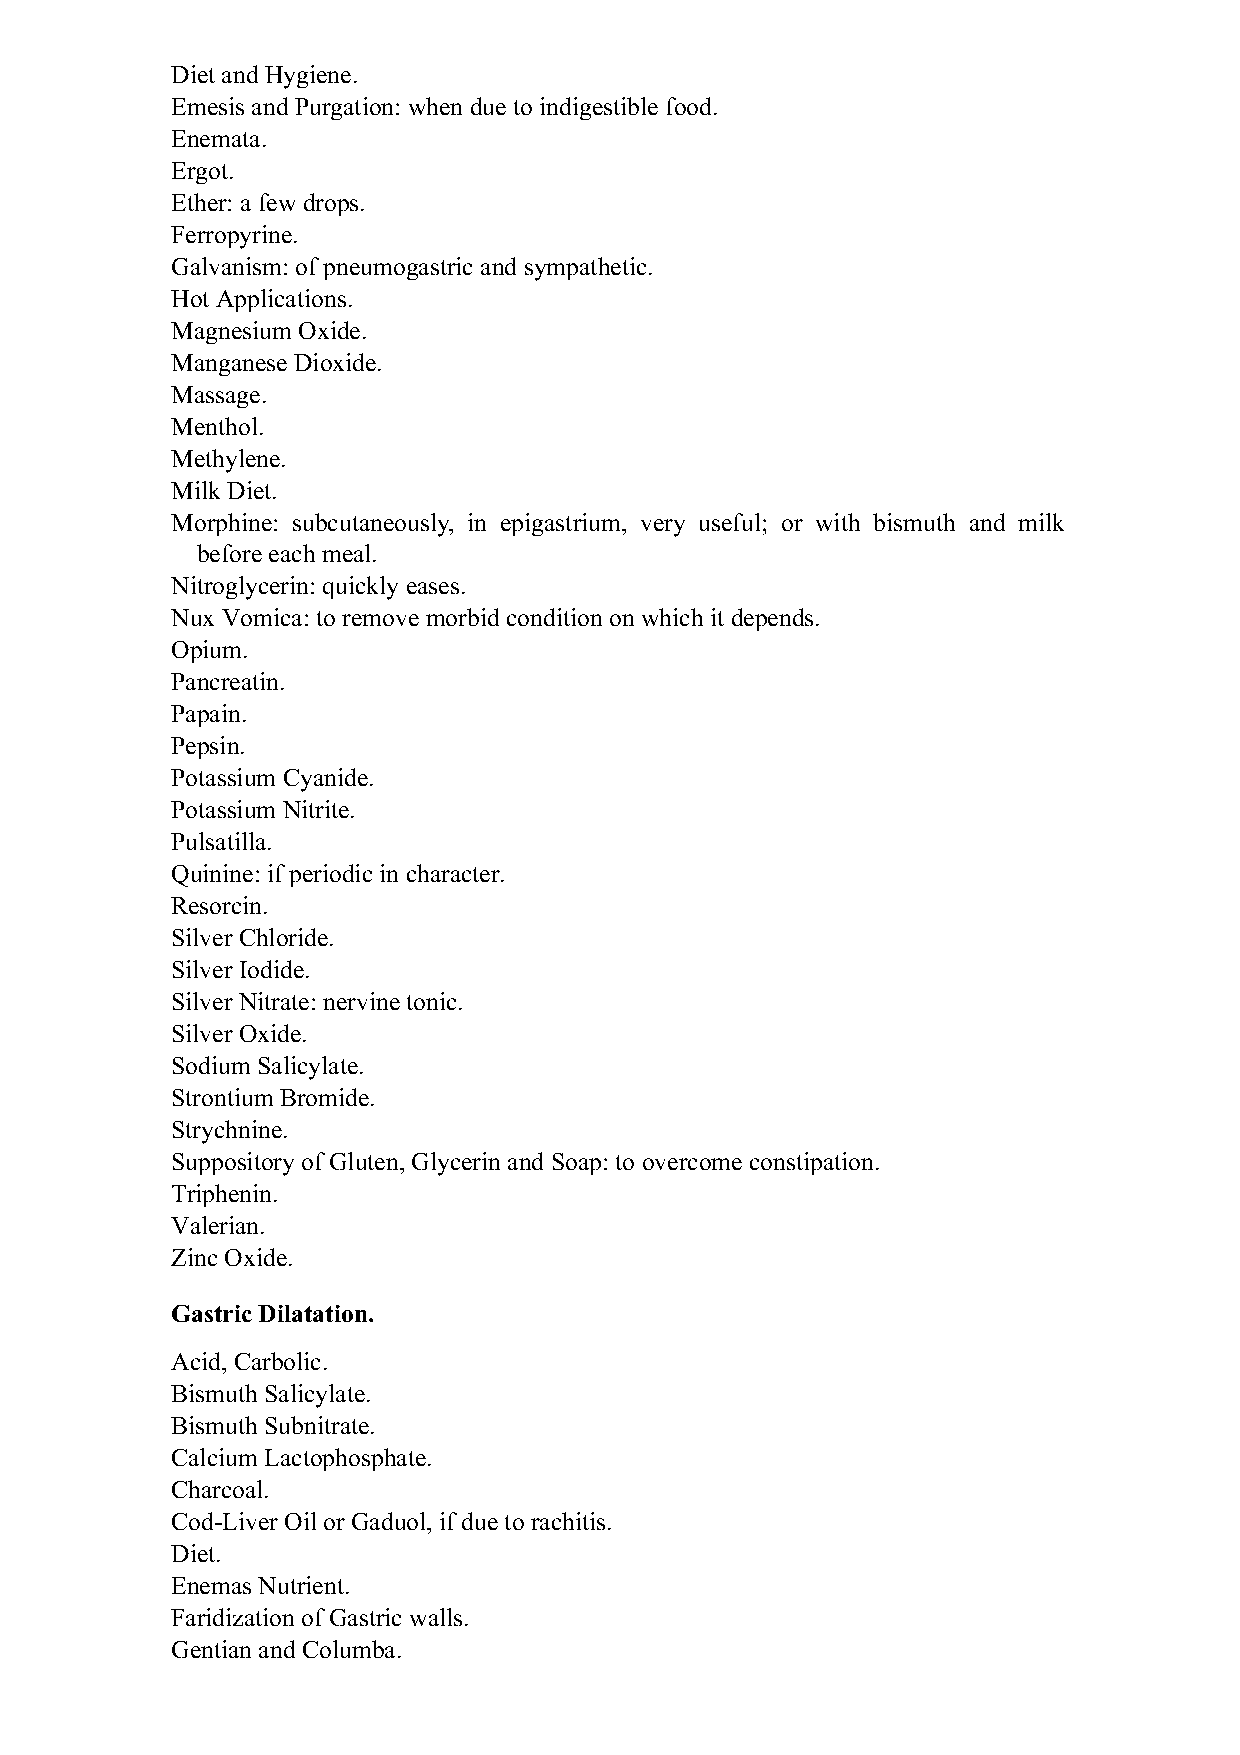
Diet and Hygiene.
 Emesis and Purgation: when due to indigestible food.
 Enemata.
 Ergot.
 Ether: a few drops.
 Ferropyrine.
 Galvanism: of pneumogastric and sympathetic.
 Hot Applications.
 Magnesium Oxide.
 Manganese Dioxide.
 Massage.
 Menthol.
 Methylene.
 Milk Diet.
 Morphine: subcutaneously, in epigastrium, very useful; or with bismuth and milk
 before each meal.
 Nitroglycerin: quickly eases.
 Nux Vomica: to remove morbid condition on which it depends.
 Opium.
 Pancreatin.
 Papain.
 Pepsin.
 Potassium Cyanide.
 Potassium Nitrite.
 Pulsatilla.
 Quinine: if periodic in character.
 Resorcin.
 Silver Chloride.
 Silver Iodide.
 Silver Nitrate: nervine tonic.
 Silver Oxide.
 Sodium Salicylate.
 Strontium Bromide.
 Strychnine.
 Suppository of Gluten, Glycerin and Soap: to overcome constipation.
 Triphenin.
 Valerian.
 Zinc Oxide.
 Gastric Dilatation.
 Acid, Carbolic.
 Bismuth Salicylate.
 Bismuth Subnitrate.
 Calcium Lactophosphate.
 Charcoal.
 Cod-Liver Oil or Gaduol, if due to rachitis.
 Diet.
 Enemas Nutrient.
 Faridization of Gastric walls.
 Gentian and Columba.